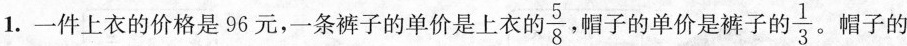
1. 一件上衣的价格是96元，一条裤子的单价是上衣的 \frac{5}{8}帽子的单价是裤子的 \frac{1}{3}。帽子的